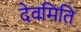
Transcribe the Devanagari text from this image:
देवमिति